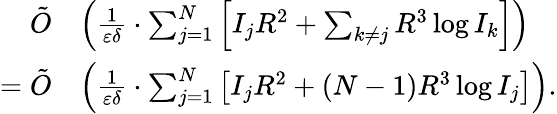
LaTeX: \begin{array}{rl}{\tilde{O}}&{\left(\frac{1}{\varepsilon\delta}\cdot\sum_{j=1}^{N}\left[I_{j}R^{2}+\sum_{k\neq j}R^{3}\log I_{k}\right]\right)}\\ {=\tilde{O}}&{\left(\frac{1}{\varepsilon\delta}\cdot\sum_{j=1}^{N}\left[I_{j}R^{2}+(N-1)R^{3}\log I_{j}\right]\right).}\end{array}